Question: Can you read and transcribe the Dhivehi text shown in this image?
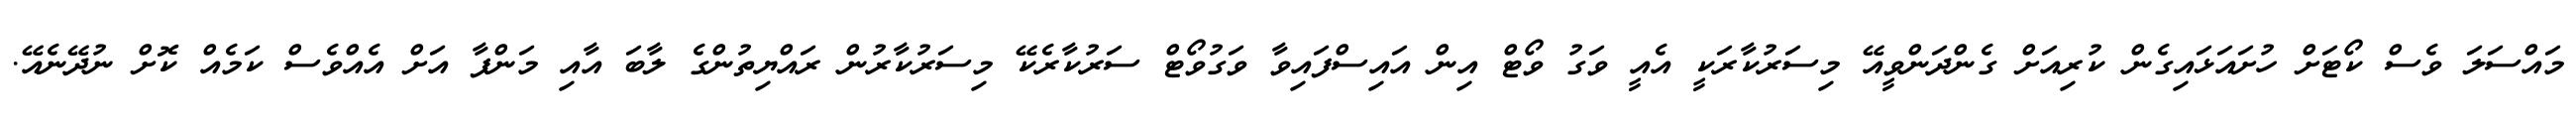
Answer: މައްސަލަ ވެސް ކޯޓަށް ހުށައަޅައިގެން ކުރިއަށް ގެންދަންވީއޭ މިސަރުކާރަކީ އެއީ ވަގު ވޯޓް އިން އައިސްފައިވާ ވަގުވޯޓް ސަރުކާރެކޭ މިސަރުކާރުން ރައްޔިތުންގެ ލާބަ އާއި މަންފާ އަށް އެއްވެސް ކަމެއް ކޮށް ނުދޭނެއޭ.